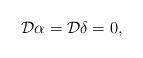
LaTeX: \begin{align*}{\cal D}\alpha={\cal D}\delta=0,\end{align*}